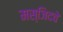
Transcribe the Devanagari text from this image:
मस्जिदचे